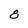
Character: 8